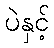
ပဲနှင့်